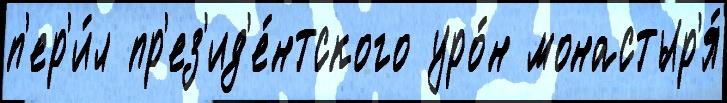
п'ер'и́л пр'ез'ид'е́нтского уро́н монастыр'я́